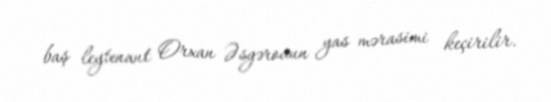
baş leytenant Orxan Əsgərovun yas mərasimi keçirilir.